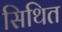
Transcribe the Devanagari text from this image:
सिथित